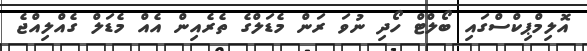
އޮލިމްޕިކްސްގައި ބޯލްޓް ހޯދި ނުވަ ރަން މެޑަލްގެ ތެރެއިން އެއް މެޑަލް ގެއްލިއްޖެ